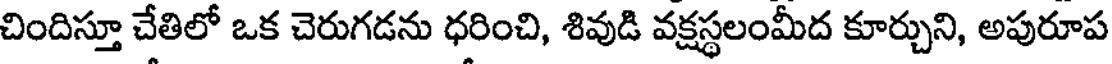
చిందిస్తూ చేతిలో ఒక చెరుగడను ధరించి, శివుడి వక్షస్థలంమీద కూర్చుని, అపురూప